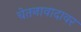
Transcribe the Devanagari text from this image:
चेतनावादावर